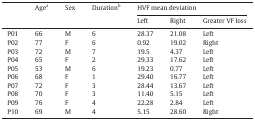
<table><thead><tr><td rowspan="2"></td><td rowspan="2"><b>Agea</b></td><td rowspan="2"><b>Sex</b></td><td rowspan="2"><b>Durationb</b></td><td colspan="3"><b>HVF mean deviation</b></td></tr><tr><td><b>Left</b></td><td><b>Right</b></td><td><b>Greater VF loss</b></td></tr></thead><tbody><tr><td>P01</td><td>66</td><td>M</td><td>6</td><td>28.37</td><td>21.08</td><td>Left</td></tr><tr><td>P02</td><td>77</td><td>F</td><td>6</td><td>0.92</td><td>19.02</td><td>Right</td></tr><tr><td>P03</td><td>72</td><td>M</td><td>7</td><td>19.5</td><td>4.37</td><td>Left</td></tr><tr><td>P04</td><td>65</td><td>F</td><td>2</td><td>29.33</td><td>17.62</td><td>Left</td></tr><tr><td>P05</td><td>53</td><td>M</td><td>6</td><td>19.23</td><td>0.77</td><td>Left</td></tr><tr><td>P06</td><td>68</td><td>F</td><td>1</td><td>29.40</td><td>16.77</td><td>Left</td></tr><tr><td>P07</td><td>72</td><td>F</td><td>3</td><td>28.44</td><td>13.67</td><td>Left</td></tr><tr><td>P08</td><td>70</td><td>F</td><td>3</td><td>11.40</td><td>5.15</td><td>Left</td></tr><tr><td>P09</td><td>76</td><td>F</td><td>4</td><td>22.28</td><td>2.84</td><td>Left</td></tr><tr><td>P10</td><td>69</td><td>M</td><td>4</td><td>5.15</td><td>28.60</td><td>Right</td></tr></tbody></table>